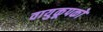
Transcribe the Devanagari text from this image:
वायुकूपकों